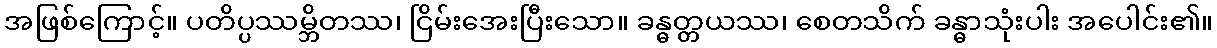
အဖြစ်ကြောင့်။ ပတိပ္ပဿမ္ဘိတဿ၊ ငြိမ်းအေးပြီးသော။ ခန္ဓတ္တယဿ၊ စေတသိက် ခန္ဓာသုံးပါး အပေါင်း၏။